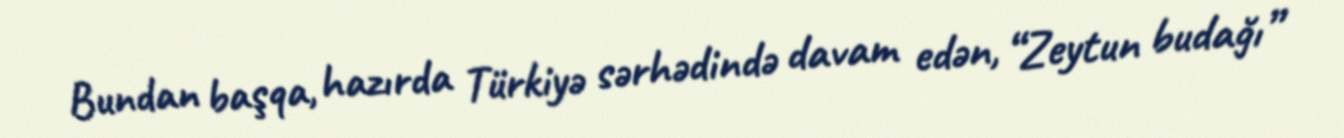
Bundan başqa, hazırda Türkiyə sərhədində davam edən, “Zeytun budağı”